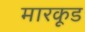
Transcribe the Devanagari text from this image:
मारकूड